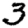
Digit: 3